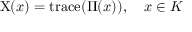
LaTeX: \mathrm { X } ( x ) = \operatorname { t r a c e } ( \Pi ( x ) ) , \quad x \in K